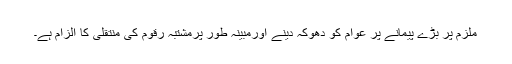
ملزم پر بڑے پیمانے پر عوام کو دھوکہ دینے اورمبینہ طور پرمشتبہ رقوم کی منتقلی کا الزام ہے۔